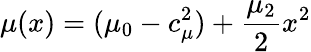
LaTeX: \mu(x)=(\mu_{0}-c_{\mu}^{2})+\frac{\mu_{2}}{2}x^{2}